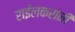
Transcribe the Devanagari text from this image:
राईलकरांनी